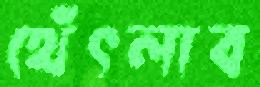
থেঁৎলাব